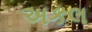
અકલ